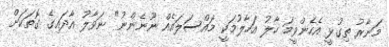
މަނާރު ތިގުޅީ އެހެންވީމަ ހާލު އަހާލުމަކީ މައްސަލައެއް ނޫނެންނު" ނަވާލު އާދައިގެ ގޮތަކަށް